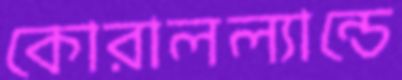
কোরালল্যান্ডে